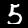
Label: 5